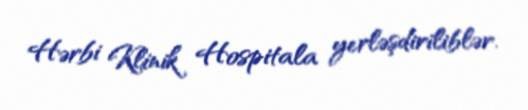
Hərbi Klinik Hospitala yerləşdiriliblər.